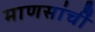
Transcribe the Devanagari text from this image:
माणसांचीं